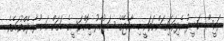
ރައީސް ނަޝީދު އެދިވަޑައިގަންނަވަނީ މި ރާއްޖޭގެ ސަރުކާރު ޑިމޮކްރަސީގެ މަގަށް އަނބުރާ ދެއްވުމަށެވެ.